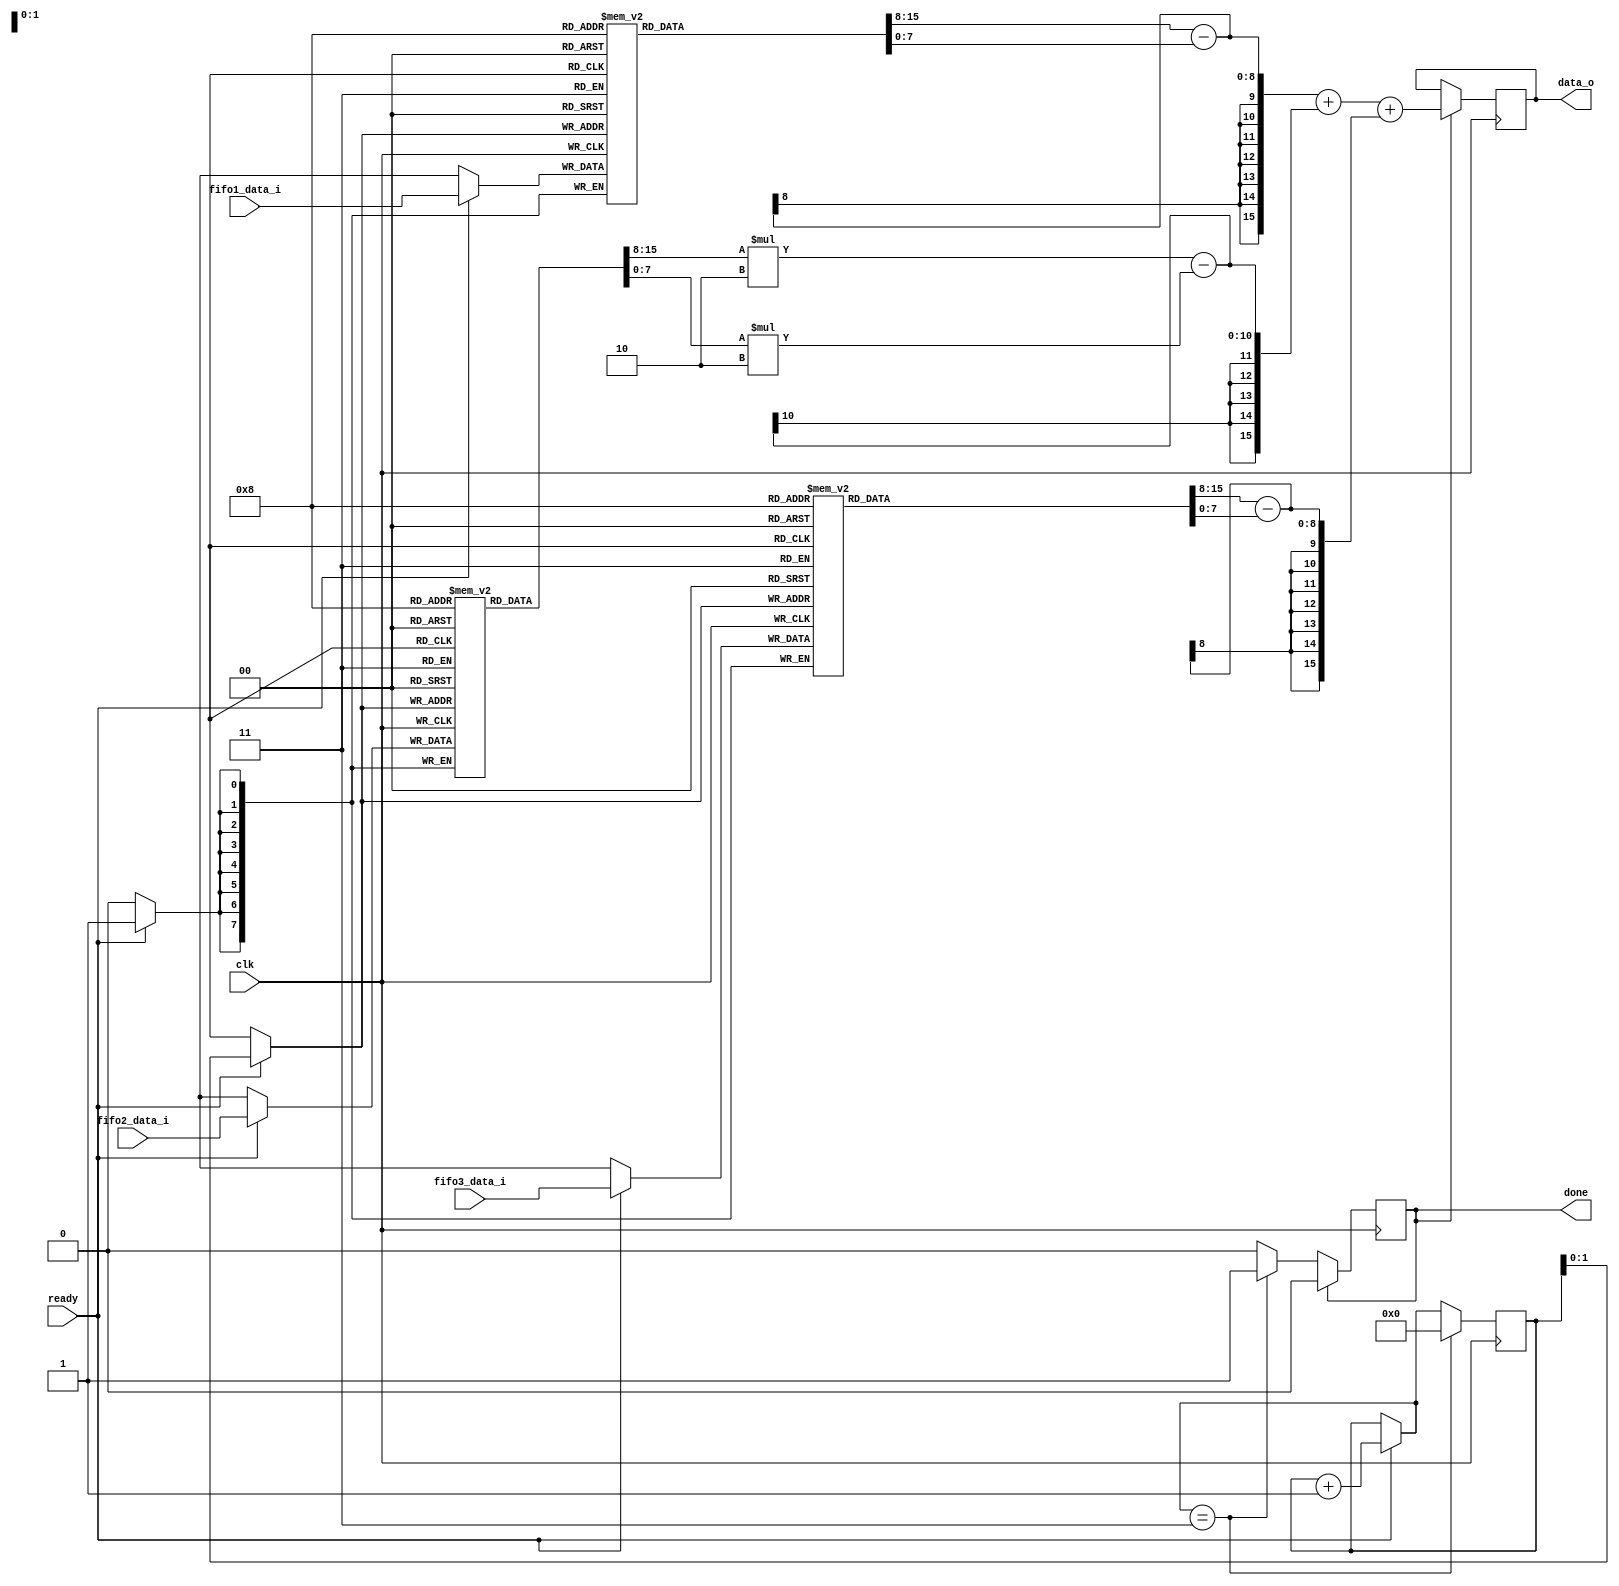
module conv(
input clk,
input ready,
input [7:0] fifo1_data_i,
input [7:0] fifo2_data_i,
input [7:0] fifo3_data_i,
output reg [15:0] data_o,
output reg done
);

reg [7:0] buffer1 [2:0];
reg [7:0] buffer2 [2:0];
reg [7:0] buffer3 [2:0];
reg [3:0] count = 4'b0000;

initial begin
  done <= 1'b0;
  data_o <= 8'b0000_0000;
end

always @(posedge clk) begin
  if (ready == 1) begin
    buffer1[count] <= fifo1_data_i;
    buffer2[count] <= fifo2_data_i;
    buffer3[count] <= fifo3_data_i;
    count = count + 4'b0001;
  end
  if (count == 4'b0011) begin
      count = 4'b0000;
      done <= 1'b1;
  end
  if (done) begin
      data_o <= ((buffer1[2]  - buffer1[0]) + ((buffer2[2] * 2) - (buffer2[0] * 2)) + (buffer3[2]  - buffer3[0] ));
      done <= 1'b0;
    end
end
endmodule